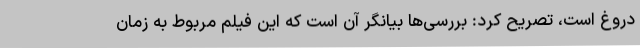
دروغ است، تصریح کرد: بررسی‌ها بیانگر آن است که این فیلم مربوط به زمان